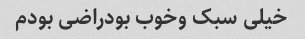
خیلی سبک وخوب بودراضی بودم